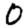
Digit: 0